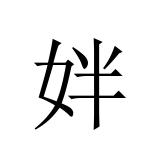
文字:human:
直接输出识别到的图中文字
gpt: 姅